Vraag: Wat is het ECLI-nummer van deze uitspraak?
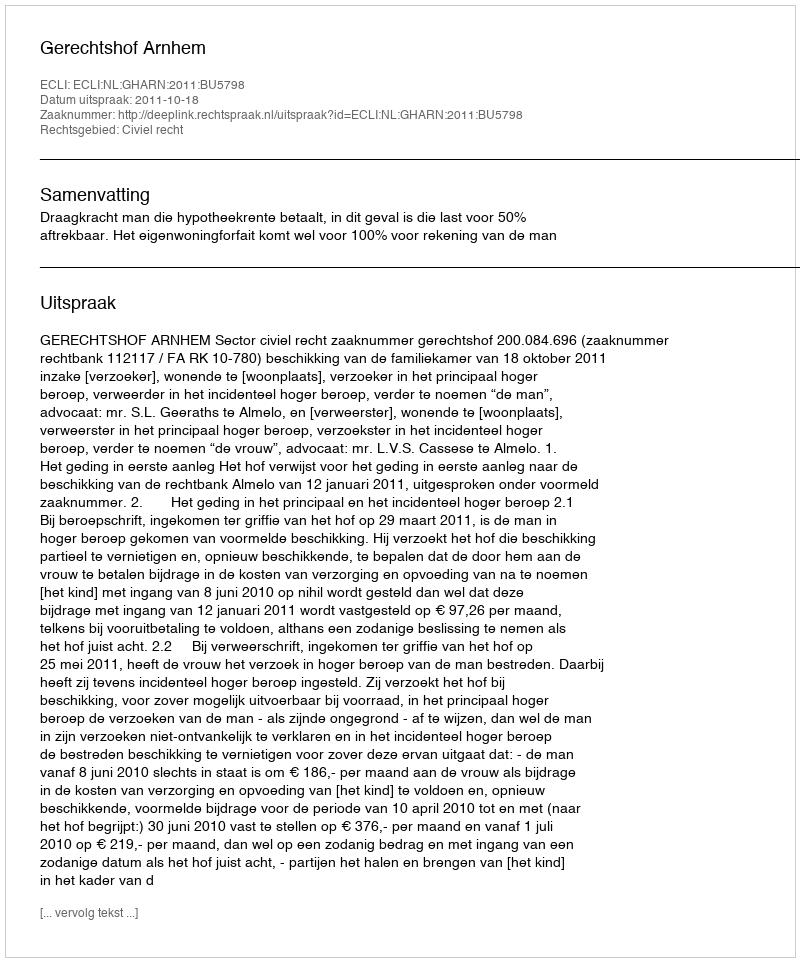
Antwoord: ECLI:NL:GHARN:2011:BU5798